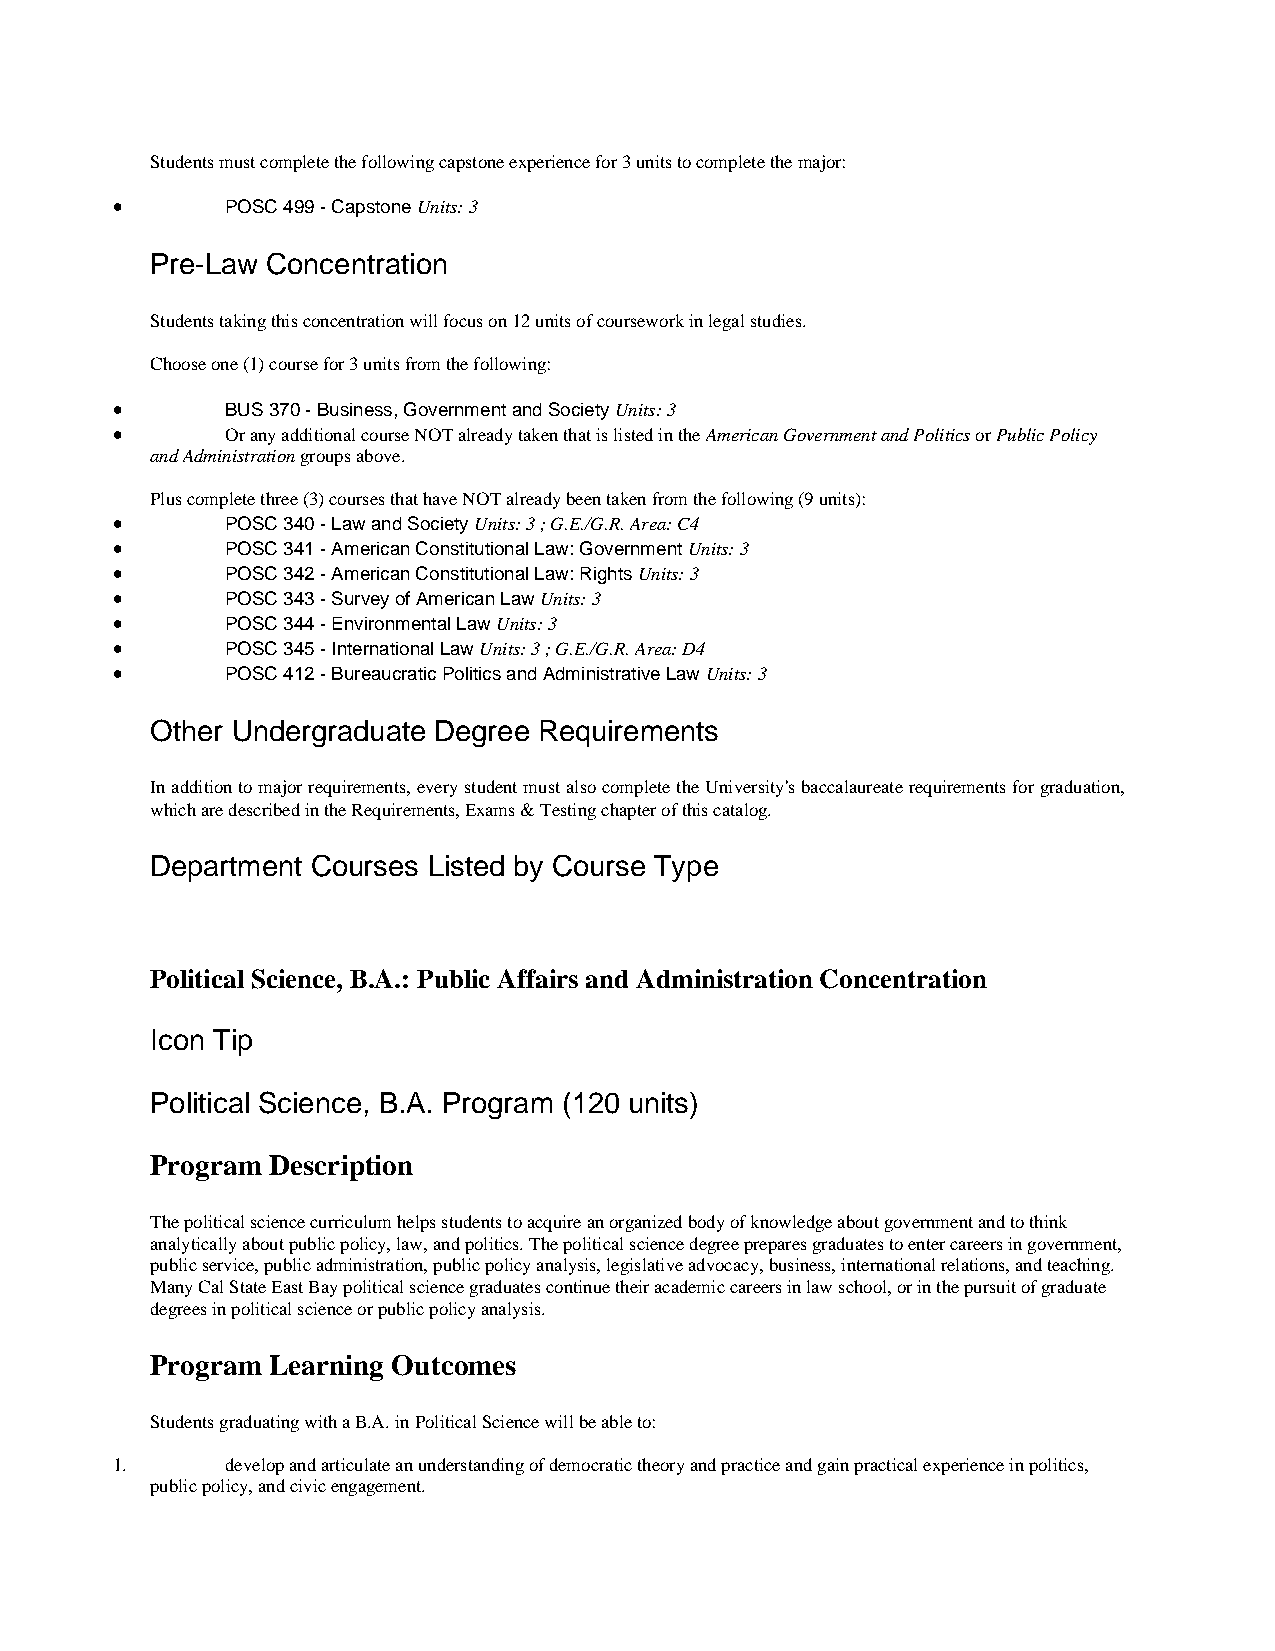
Students must complete the following capstone experience for 3 units to complete the major:
 •       POSC 499 - Capstone Units: 3
 Pre-Law Concentration
 Students taking this concentration will focus on 12 units of coursework in legal studies.
 Choose one (1) course for 3 units from the following:
 •       BUS 370 - Business, Government and Society Units: 3
 •       Or any additional course NOT already taken that is listed in the American Government and Politics or Public Policy
 and Administration groups above.
 Plus complete three (3) courses that have NOT already been taken from the following (9 units):
 •       POSC 340 - Law and Society Units: 3 ; G.E./G.R. Area: C4
 •       POSC 341 - American Constitutional Law: Government Units: 3
 •       POSC 342 - American Constitutional Law: Rights Units: 3
 •       POSC 343 - Survey of American Law Units: 3
 •       POSC 344 - Environmental Law Units: 3
 •       POSC 345 - International Law Units: 3 ; G.E./G.R. Area: D4
 •       POSC 412 - Bureaucratic Politics and Administrative Law Units: 3
 Other Undergraduate Degree Requirements
 In addition to major requirements, every student must also complete the University's baccalaureate requirements for graduation,
 which are described in the Requirements, Exams & Testing chapter of this catalog.
 Department Courses Listed by Course Type
 Political Science, B.A.: Public Affairs and Administration Concentration
 Icon Tip
 Political Science, B.A. Program (120 units)
 Program Description
 The political science curriculum helps students to acquire an organized body of knowledge about government and to think
 analytically about public policy, law, and politics. The political science degree prepares graduates to enter careers in government,
 public service, public administration, public policy analysis, legislative advocacy, business, international relations, and teaching.
 Many Cal State East Bay political science graduates continue their academic careers in law school, or in the pursuit of graduate
 degrees in political science or public policy analysis.
 Program Learning Outcomes
 Students graduating with a B.A. in Political Science will be able to:
 1.      develop and articulate an understanding of democratic theory and practice and gain practical experience in politics,
 public policy, and civic engagement.